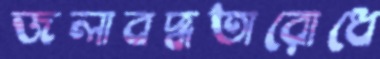
জলাবদ্ধতারোধে